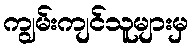
ကျွမ်းကျင်သူများမှ